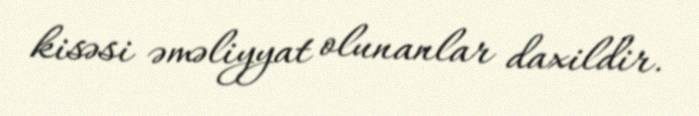
kisəsi əməliyyat olunanlar daxildir.